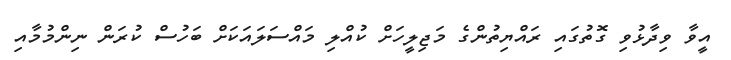
އީވާ ވިދާޅުވި ގޮތުގައި ރައްޔިތުންގެ މަޖިލީހަށް ކުއްލި މައްސަލައަކަށް ބަހުސް ކުރަން ނިންމުމާއި